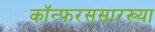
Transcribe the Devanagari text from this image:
कॉन्फरससारख्या